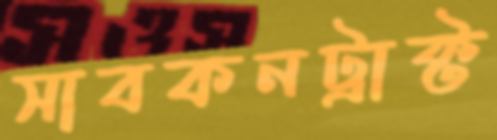
সাবকনট্রাক্ট